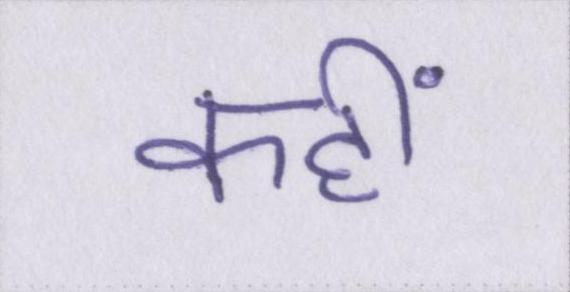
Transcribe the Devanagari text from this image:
कहीं